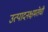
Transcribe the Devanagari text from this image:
उत्पादनक्षमतेची